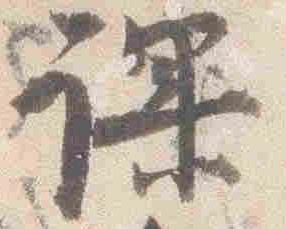
課